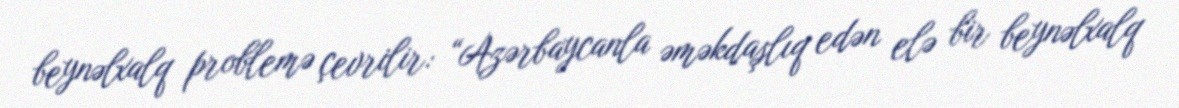
beynəlxalq problemə çevrilir: “Azərbaycanla əməkdaşlıq edən elə bir beynəlxalq